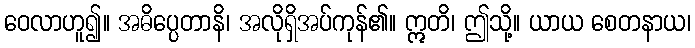
ဝေလာဟူ၍။ အဓိပ္ပေတာနိ၊ အလိုရှိအပ်ကုန်၏။ ဣတိ၊ ဤသို့။ ယာယ စေတနာယ၊